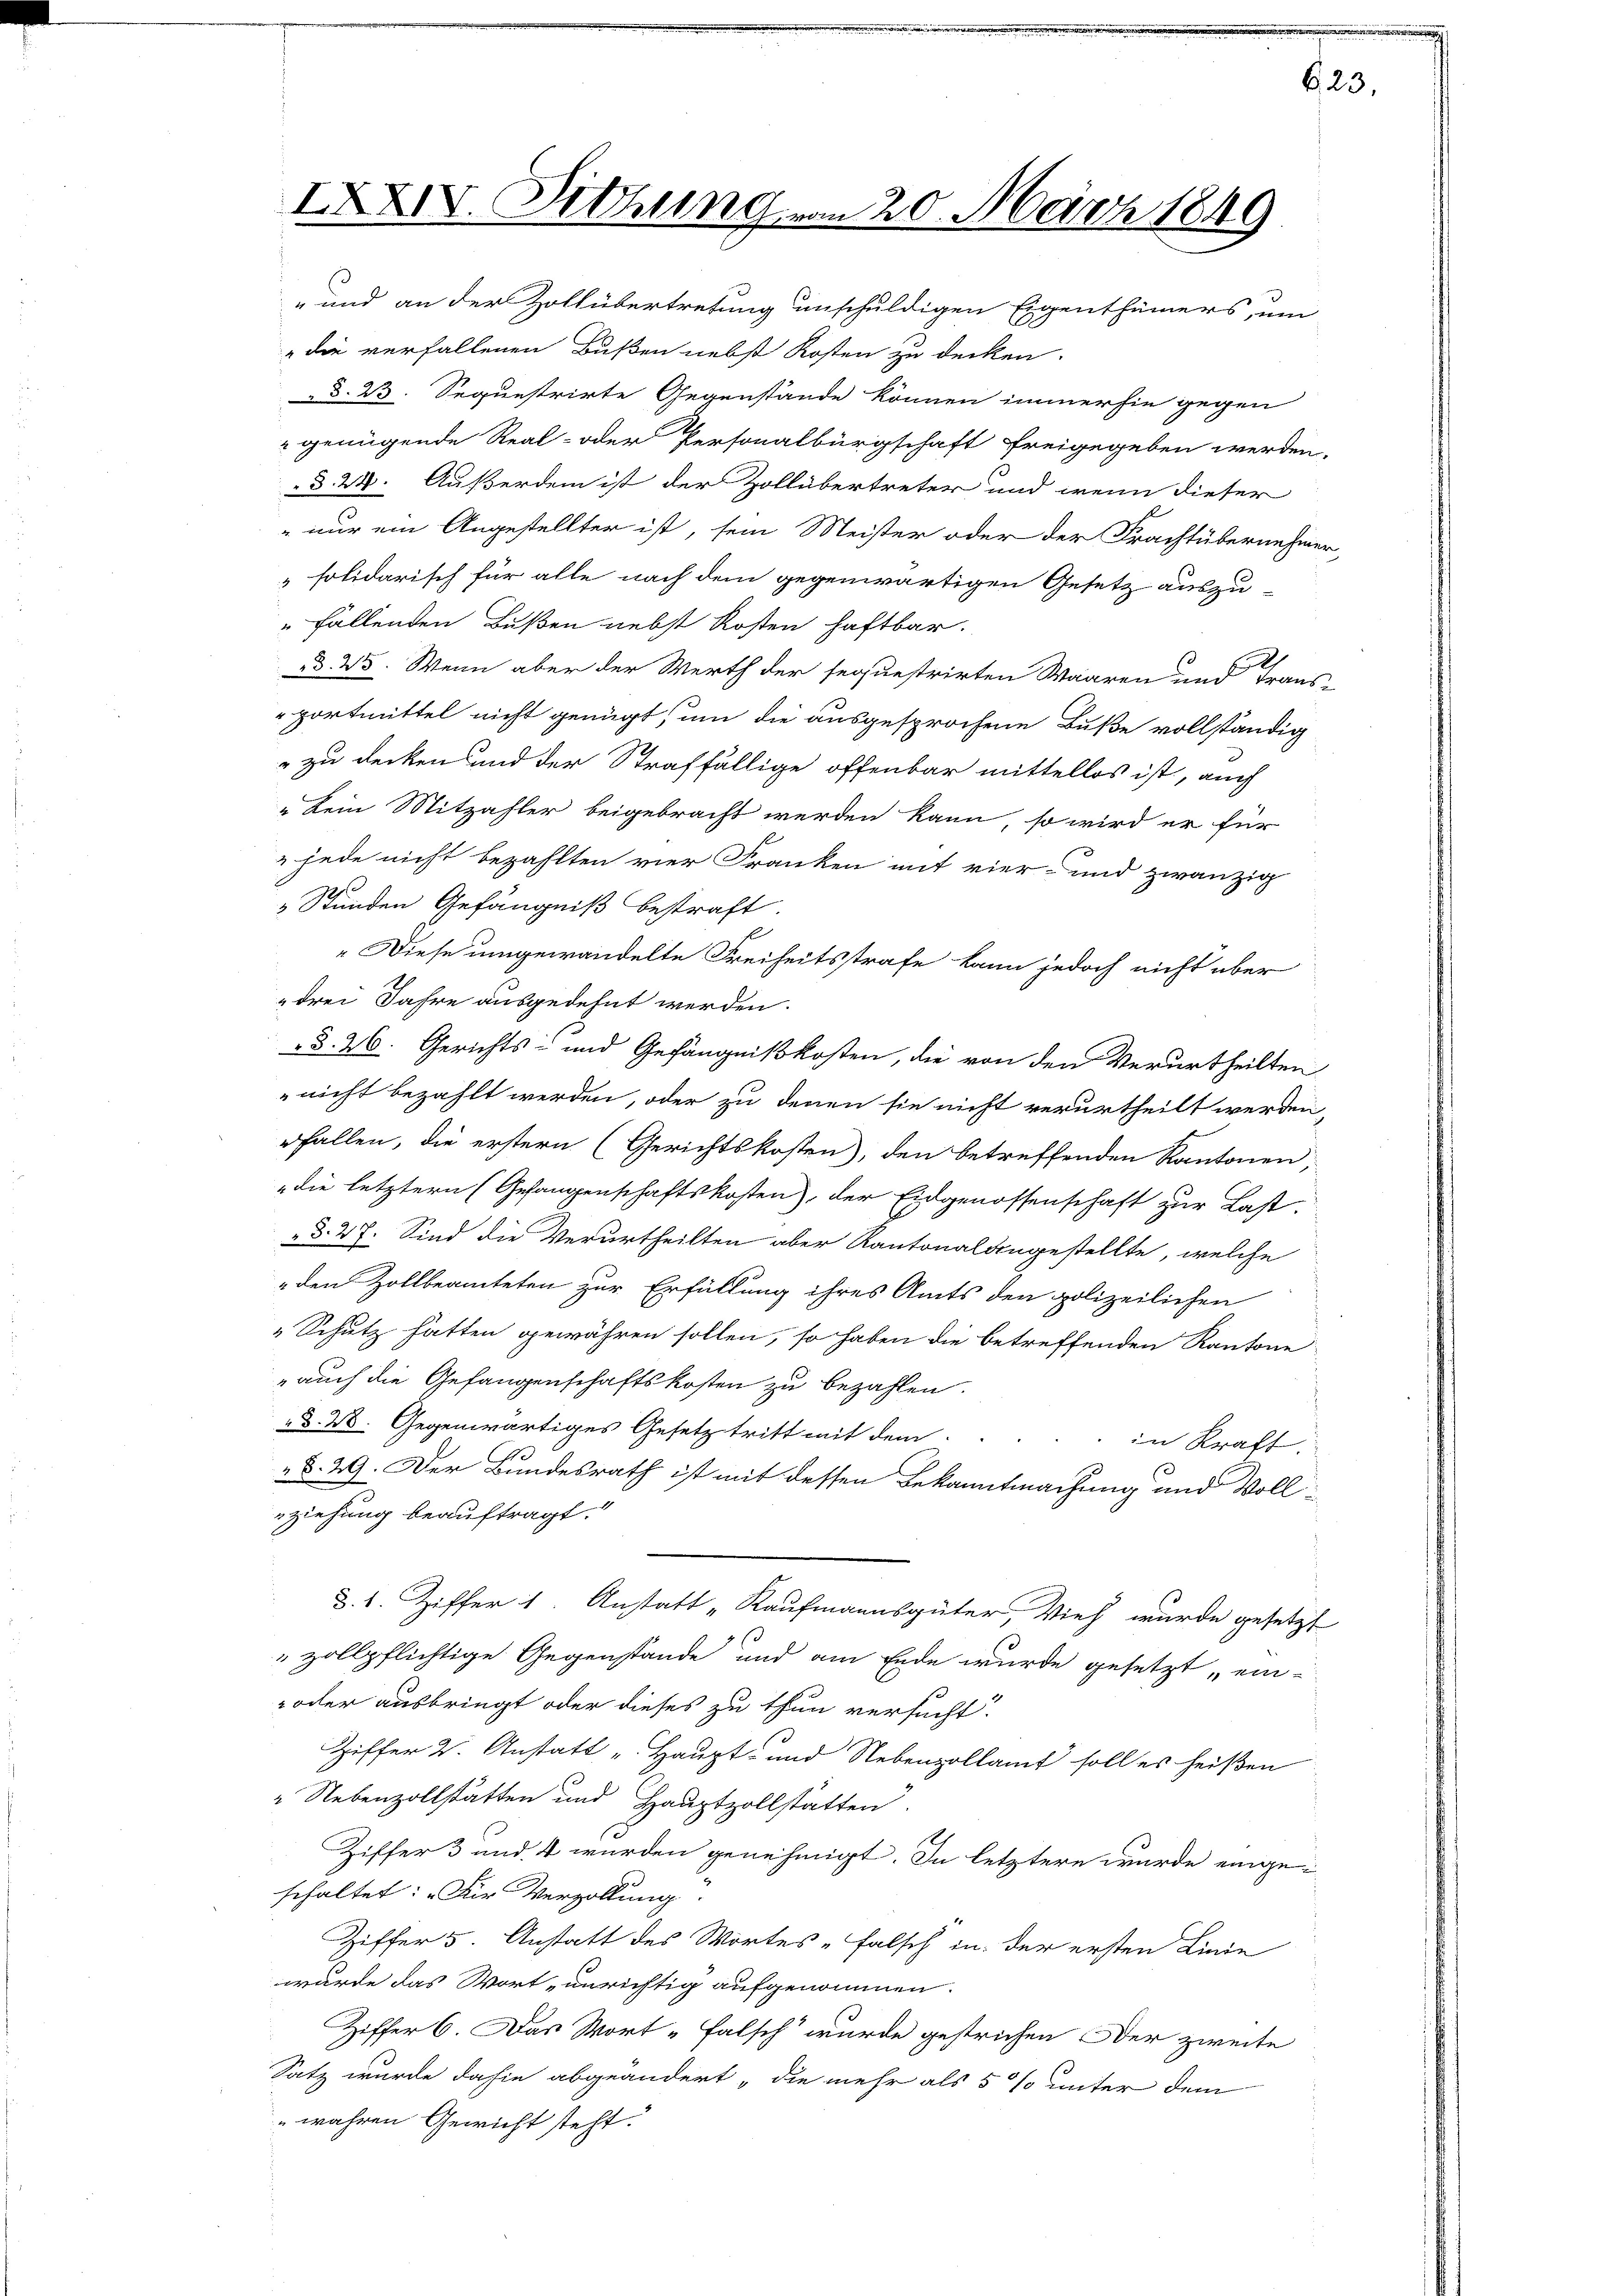
IXXIV. Sitzung vom 20. März 1849
„und an der Zollübertretung unschuldigen Eigenthümers, um

die verfallenen Bußen nebst Kosten zu decken.
d. 23. Sequestrirte Gegenstände können immerhin gegen
" genügende Real- oder Personalbürgschaft freigegeben werden,
§ 24. Außerdem ist der Zollübertreter und wenn dieser
 nur ein Angestellter ist, sein Meister oder der Frachtübernehmer
solidarisch für alle nach dem gegenwärtigen Gesetz auszu-
" fallenden Bußen nebst Kosten haftbar.
I
d. 25. Wenn aber der Werth der sequestrirten Waaren und Trans-
portmittel nicht genügt, um die ausgesprochene Buße vollständig
" zu decken und der Straffällige offenbar mittellos ist, auch
" kein Mitzahler beigebracht werden kann, so wird er für
 jede nicht bezahlten vier Franken mit vier- und zwanzig
" Stunden Gefängniß bestraft.
" Diese umgewandelte Freiheitsstrafe kann jedoch nicht über
drei Jahre ausgedehnt werden.
§§. 26. Gerichts- und Gefängnißkosten, die von den Verurtheilten
nicht bezahlt werden, oder zu denen sie nicht verurtheilt werden,
rfallen, die erstern (Gerichtskosten), den betreffenden Kantonen,
die letztern (Gefangenschaftskosten), der Eidgenossenschaft zur Last
§. 27. Sind die Verurtheilten aber Kantonalangestellte, welche
„den Zollbeamteten zur Erfüllung ihres Amts den polizeilichen
„Schutz hätten gewähren sollen, so haben die betreffenden Kantone
auch die Gefangenschaftskosten zu bezahlen.
„d. 28. Gegenwärtiges Gesetz tritt mit dem
in Kraft.
§. 29. Der Bundesrath ist mit dessen Bekanntmachung und Vollziehung beauftragt.“
§. 1. Ziffer 1. Anstatt „Kaufmannsgüter, Vieh wurde gesetzt
" zollpflichtige Gegenstände und am Ende wurde gesetzt ein-
oder ausbringt oder dieses zu thun versucht.
Ziffer 2. Anstatt „Haupt- und Nebenzollamt soll es heißen
" Nebenzollstätten und Hauptzollstätten.
Ziffer 3 und 4 wurden genehmigt. In letztere wurde einge-
schaltet: „Der Verzollung:
Ziffer 5. Anstatt des Wortes „Falsch in der ersten Linie
wurde das Wort unrichtig aufgenommen.
Ziffer 6. Das Wort „Falsch wurde gestrichen Der zweite
Satz wurde dahin abgeändert, die mehr als 5 % unter dem
wahren Gewicht steht.

e